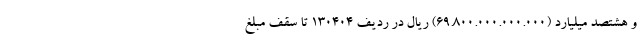
و هشتصد میلیارد (۶۹.۸۰۰.۰۰۰.۰۰۰.۰۰۰) ریال در ردیف ۱۳۰۴۰۴ تا سقف مبلغ